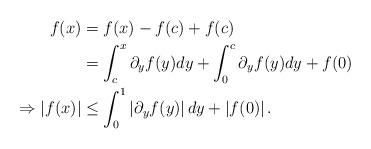
LaTeX: \begin{align*} f(x) &= f(x) - f(c) +f(c) \\ &= \int_c^x \partial_y f(y) dy + \int_0^c \partial_y f(y) dy + f(0)\\ \Rightarrow \left|f(x)\right| &\le \int_0^1 \left|\partial_y f(y)\right| dy + \left|f(0)\right|. \end{align*}